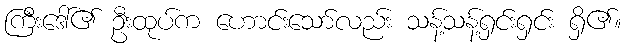
ကြီးဒေါ်၏ ဦးထုပ်က ဟောင်းသော်လည်း သန့်သန့်ရှင်းရှင်း ရှိ၏။